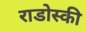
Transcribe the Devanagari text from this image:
राडोस्की